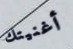
أغنيتك